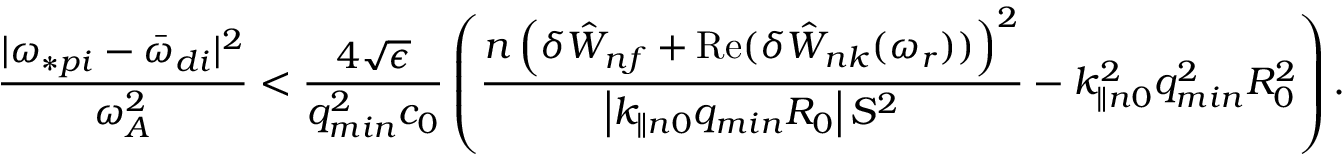
\frac { | \omega _ { \ast p i } - { \bar { \omega } } _ { d i } | ^ { 2 } } { \omega _ { A } ^ { 2 } } < \frac { 4 \sqrt { \epsilon } } { q _ { m i n } ^ { 2 } c _ { 0 } } \left( \frac { n \left( \delta { \hat { W } } _ { n f } + \mathrm { R e } ( { \delta { \hat { W } } _ { n k } ( \omega _ { r } ) ) } \right) ^ { 2 } } { \left| k _ { \parallel n 0 } q _ { m i n } R _ { 0 } \right| S ^ { 2 } } - k _ { \parallel n 0 } ^ { 2 } q _ { m i n } ^ { 2 } R _ { 0 } ^ { 2 } \right) .